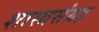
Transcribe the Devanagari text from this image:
शास्त्रसंग्रह